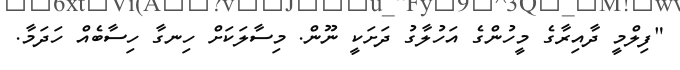
"ފިލްމީ ދާއިރާގެ މީހުންގެ އަހުލާގު ދަށަކީ ނޫން. މިސާލަކަށް ހިނގާ ހިސާބެއް ހަދަމާ.